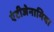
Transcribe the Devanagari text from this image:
एंटीजेनामिया